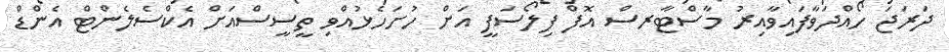
ދަރަޖަ ހޯއްދަވާފައިވާއިރު މާސްޓާރސް އޮފް ފިލޯސަފީ އަށް ހުށަހެޅުއްވި ތީސީސްއަށް އެކްސެލެންޓް އެންޑް